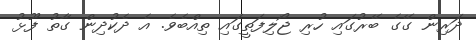
ދަރިން ގޭގެ ބޭރުގައި ހުރި ޖޯލިފަތީގައި ތިއްބެވެ. އެ ދެކުދިން ގާތު ފޫޅު